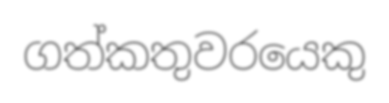
ගත්කතුවරයෙකු